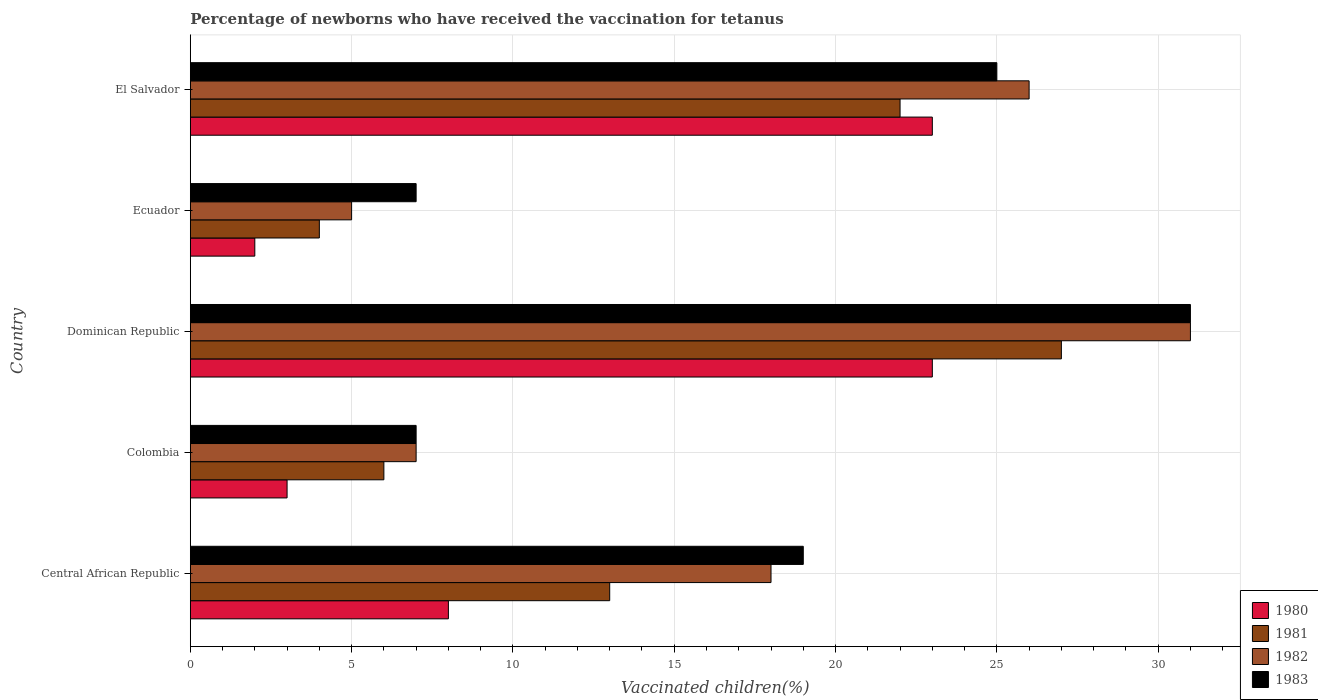
| Country | 1980 | 1981 | 1982 | 1983 |
 | --- | --- | --- | --- | --- |
 | Central African Republic | 8 | 13 | 18 | 19 |
 | Colombia | 3 | 6 | 7 | 7 |
 | Dominican Republic | 23 | 27 | 31 | 31 |
 | Ecuador | 2 | 4 | 5 | 7 |
 | El Salvador | 23 | 22 | 26 | 25 |